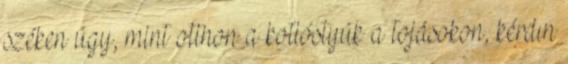
széken úgy, mint otthon a kotlóstyúk a tojásokon, kérdın